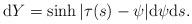
LaTeX: \begin{align*}\mathrm{d}Y=\sinh|\tau(s)-\psi|\mathrm{d}\psi \mathrm{d}s.\end{align*}